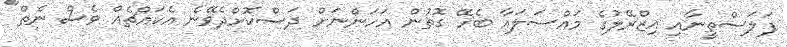
ފަލަސްތީނާއި އިޒްރޭލުގެ މައްސަލައާ ބެހޭ ގޮތުން އަހަންނަށް ދަސްކޮށްދެވޭނެ އެކައްޗެއް ވެސް ނެތް"